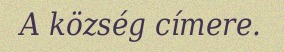
A község címere.